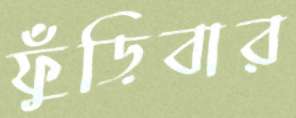
ফুঁড়িবার